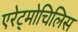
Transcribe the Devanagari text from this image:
एरेट्मोचिलिस